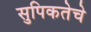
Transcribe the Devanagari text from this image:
सुपिकतेचे